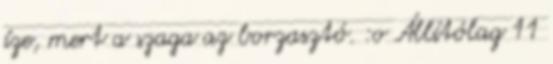
íze, mert a szaga az borzasztó. :o Állítólag 11